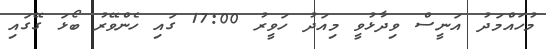
މުހައްމަދު އަނީސް ވިދާޅުވީ މިއަދު ހަވީރު 17:00 ގައި ހެންވޭރު ބޯޅަ ގޭގައި